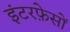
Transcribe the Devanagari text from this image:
इंटरफ़ेसों